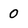
Character: 0